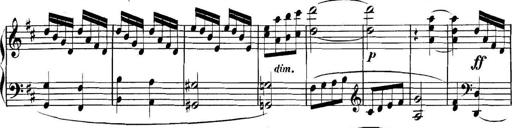
Title: Collected Piano Sonatas
Composer: Muzio Clementi